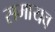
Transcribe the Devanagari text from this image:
समायव